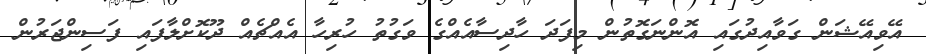
އޭވިއޭޝަން ގަވާއިދުގައި އޮންނަގޮތުން މިފަދަ ހާދިސާއެއްގެ ވަގުތު ހުރިހާ އެއްޗެއް ދޫކޮށްލާފައި ފަސިންޖަރުން